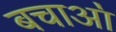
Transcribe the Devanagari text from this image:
बचाआ॓